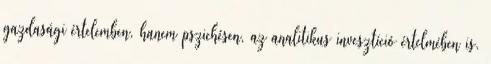
gazdasági értelemben, hanem pszichésen, az analitikus invesztíció értelmében is.